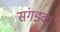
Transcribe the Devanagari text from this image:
संगडक